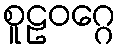
စူဠဝဂ္ဂေ